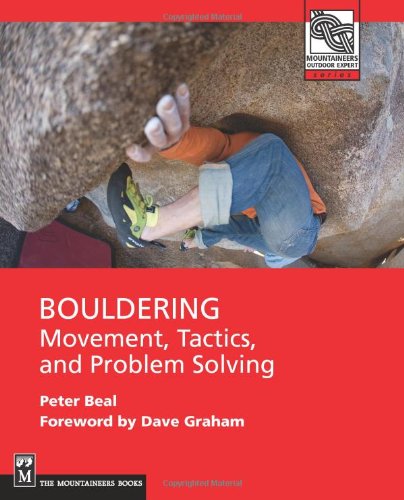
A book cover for Bouldering: Movement, Tactics, and Problem Solving (Moes) (Mountaineers Outdoor Expert) (Mountaineers Outdoor Expert Series); Peter Beal; Sports & Outdoors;